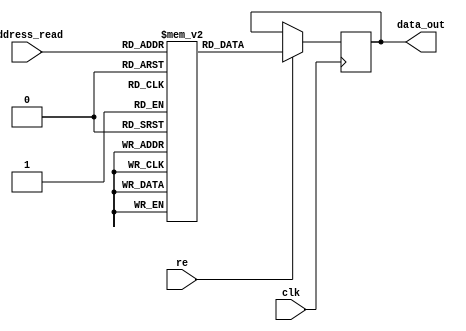
/* This program is free software: you can redistribute it and/or modify
   it under the terms of the GNU General Public License as published by
   the Free Software Foundation, either version 3 of the License, or
   (at your option) any later version.

   This program is distributed in the hope that it will be useful,
   but WITHOUT ANY WARRANTY; without even the implied warranty of
   MERCHANTABILITY or FITNESS FOR A PARTICULAR PURPOSE.  See the
   GNU General Public License for more details.

   You should have received a copy of the GNU General Public License
   along with this program.  If not, see <http://www.gnu.org/licenses/>.
   
   Email : semiconductors@varkongroup.com
   Tel   : 1-732-447-8611
   
*/


///convert values from  power domain to decimal domain
module GF_matrix_dec(clk,re,address_read,data_out);
parameter address_width=8;
parameter data_width=8;
parameter num_words=256;
input clk,re;
input [address_width-1:0] address_read;
output [data_width-1:0] data_out;
reg [data_width-1:0] data_out;
reg [data_width-1:0] mem [0:num_words-1];
initial
begin
mem[0]<= 'b00000000;
mem[1]<= 'b00000001;
mem[2]<= 'b00000010;
mem[3]<= 'b00000100;
mem[4]<= 'b00001000;
mem[5]<= 'b00010000;
mem[6]<= 'b00100000;
mem[7]<= 'b01000000;
mem[8]<= 'b10000000;
mem[9]<= 'b00011101;
mem[10]<= 'b00111010;
mem[11]<= 'b01110100;
mem[12]<= 'b11101000;
mem[13]<= 'b11001101;
mem[14]<= 'b10000111;
mem[15]<= 'b00010011;
mem[16]<= 'b00100110;
mem[17]<= 'b01001100;
mem[18]<= 'b10011000;
mem[19]<= 'b00101101;
mem[20]<= 'b01011010;
mem[21]<= 'b10110100;
mem[22]<= 'b01110101;
mem[23]<= 'b11101010;
mem[24]<= 'b11001001;
mem[25]<= 'b10001111;
mem[26]<= 'b00000011;
mem[27]<= 'b00000110;
mem[28]<= 'b00001100;
mem[29]<= 'b00011000;
mem[30]<= 'b00110000;
mem[31]<= 'b01100000;
mem[32]<= 'b11000000;
mem[33]<= 'b10011101;
mem[34]<= 'b00100111;
mem[35]<= 'b01001110;
mem[36]<= 'b10011100;
mem[37]<= 'b00100101;
mem[38]<= 'b01001010;
mem[39]<= 'b10010100;
mem[40]<= 'b00110101;
mem[41]<= 'b01101010;
mem[42]<= 'b11010100;
mem[43]<= 'b10110101;
mem[44]<= 'b01110111;
mem[45]<= 'b11101110;
mem[46]<= 'b11000001;
mem[47]<= 'b10011111;
mem[48]<= 'b00100011;
mem[49]<= 'b01000110;
mem[50]<= 'b10001100;
mem[51]<= 'b00000101;
mem[52]<= 'b00001010;
mem[53]<= 'b00010100;
mem[54]<= 'b00101000;
mem[55]<= 'b01010000;
mem[56]<= 'b10100000;
mem[57]<= 'b01011101;
mem[58]<= 'b10111010;
mem[59]<= 'b01101001;
mem[60]<= 'b11010010;
mem[61]<= 'b10111001;
mem[62]<= 'b01101111;
mem[63]<= 'b11011110;
mem[64]<= 'b10100001;
mem[65]<= 'b01011111;
mem[66]<= 'b10111110;
mem[67]<= 'b01100001;
mem[68]<= 'b11000010;
mem[69]<= 'b10011001;
mem[70]<= 'b00101111;
mem[71]<= 'b01011110;
mem[72]<= 'b10111100;
mem[73]<= 'b01100101;
mem[74]<= 'b11001010;
mem[75]<= 'b10001001;
mem[76]<= 'b00001111;
mem[77]<= 'b00011110;
mem[78]<= 'b00111100;
mem[79]<= 'b01111000;
mem[80]<= 'b11110000;
mem[81]<= 'b11111101;
mem[82]<= 'b11100111;
mem[83]<= 'b11010011;
mem[84]<= 'b10111011;
mem[85]<= 'b01101011;
mem[86]<= 'b11010110;
mem[87]<= 'b10110001;
mem[88]<= 'b01111111;
mem[89]<= 'b11111110;
mem[90]<= 'b11100001;
mem[91]<= 'b11011111;
mem[92]<= 'b10100011;
mem[93]<= 'b01011011;
mem[94]<= 'b10110110;
mem[95]<= 'b01110001;
mem[96]<= 'b11100010;
mem[97]<= 'b11011001;
mem[98]<= 'b10101111;
mem[99]<= 'b01000011;
mem[100]<= 'b10000110;
mem[101]<= 'b00010001;
mem[102]<= 'b00100010;
mem[103]<= 'b01000100;
mem[104]<= 'b10001000;
mem[105]<= 'b00001101;
mem[106]<= 'b00011010;
mem[107]<= 'b00110100;
mem[108]<= 'b01101000;
mem[109]<= 'b11010000;
mem[110]<= 'b10111101;
mem[111]<= 'b01100111;
mem[112]<= 'b11001110;
mem[113]<= 'b10000001;
mem[114]<= 'b00011111;
mem[115]<= 'b00111110;
mem[116]<= 'b01111100;
mem[117]<= 'b11111000;
mem[118]<= 'b11101101;
mem[119]<= 'b11000111;
mem[120]<= 'b10010011;
mem[121]<= 'b00111011;
mem[122]<= 'b01110110;
mem[123]<= 'b11101100;
mem[124]<= 'b11000101;
mem[125]<= 'b10010111;
mem[126]<= 'b00110011;
mem[127]<= 'b01100110;
mem[128]<= 'b11001100;
mem[129]<= 'b10000101;
mem[130]<= 'b00010111;
mem[131]<= 'b00101110;
mem[132]<= 'b01011100;
mem[133]<= 'b10111000;
mem[134]<= 'b01101101;
mem[135]<= 'b11011010;
mem[136]<= 'b10101001;
mem[137]<= 'b01001111;
mem[138]<= 'b10011110;
mem[139]<= 'b00100001;
mem[140]<= 'b01000010;
mem[141]<= 'b10000100;
mem[142]<= 'b00010101;
mem[143]<= 'b00101010;
mem[144]<= 'b01010100;
mem[145]<= 'b10101000;
mem[146]<= 'b01001101;
mem[147]<= 'b10011010;
mem[148]<= 'b00101001;
mem[149]<= 'b01010010;
mem[150]<= 'b10100100;
mem[151]<= 'b01010101;
mem[152]<= 'b10101010;
mem[153]<= 'b01001001;
mem[154]<= 'b10010010;
mem[155]<= 'b00111001;
mem[156]<= 'b01110010;
mem[157]<= 'b11100100;
mem[158]<= 'b11010101;
mem[159]<= 'b10110111;
mem[160]<= 'b01110011;
mem[161]<= 'b11100110;
mem[162]<= 'b11010001;
mem[163]<= 'b10111111;
mem[164]<= 'b01100011;
mem[165]<= 'b11000110;
mem[166]<= 'b10010001;
mem[167]<= 'b00111111;
mem[168]<= 'b01111110;
mem[169]<= 'b11111100;
mem[170]<= 'b11100101;
mem[171]<= 'b11010111;
mem[172]<= 'b10110011;
mem[173]<= 'b01111011;
mem[174]<= 'b11110110;
mem[175]<= 'b11110001;
mem[176]<= 'b11111111;
mem[177]<= 'b11100011;
mem[178]<= 'b11011011;
mem[179]<= 'b10101011;
mem[180]<= 'b01001011;
mem[181]<= 'b10010110;
mem[182]<= 'b00110001;
mem[183]<= 'b01100010;
mem[184]<= 'b11000100;
mem[185]<= 'b10010101;
mem[186]<= 'b00110111;
mem[187]<= 'b01101110;
mem[188]<= 'b11011100;
mem[189]<= 'b10100101;
mem[190]<= 'b01010111;
mem[191]<= 'b10101110;
mem[192]<= 'b01000001;
mem[193]<= 'b10000010;
mem[194]<= 'b00011001;
mem[195]<= 'b00110010;
mem[196]<= 'b01100100;
mem[197]<= 'b11001000;
mem[198]<= 'b10001101;
mem[199]<= 'b00000111;
mem[200]<= 'b00001110;
mem[201]<= 'b00011100;
mem[202]<= 'b00111000;
mem[203]<= 'b01110000;
mem[204]<= 'b11100000;
mem[205]<= 'b11011101;
mem[206]<= 'b10100111;
mem[207]<= 'b01010011;
mem[208]<= 'b10100110;
mem[209]<= 'b01010001;
mem[210]<= 'b10100010;
mem[211]<= 'b01011001;
mem[212]<= 'b10110010;
mem[213]<= 'b01111001;
mem[214]<= 'b11110010;
mem[215]<= 'b11111001;
mem[216]<= 'b11101111;
mem[217]<= 'b11000011;
mem[218]<= 'b10011011;
mem[219]<= 'b00101011;
mem[220]<= 'b01010110;
mem[221]<= 'b10101100;
mem[222]<= 'b01000101;
mem[223]<= 'b10001010;
mem[224]<= 'b00001001;
mem[225]<= 'b00010010;
mem[226]<= 'b00100100;
mem[227]<= 'b01001000;
mem[228]<= 'b10010000;
mem[229]<= 'b00111101;
mem[230]<= 'b01111010;
mem[231]<= 'b11110100;
mem[232]<= 'b11110101;
mem[233]<= 'b11110111;
mem[234]<= 'b11110011;
mem[235]<= 'b11111011;
mem[236]<= 'b11101011;
mem[237]<= 'b11001011;
mem[238]<= 'b10001011;
mem[239]<= 'b00001011;
mem[240]<= 'b00010110;
mem[241]<= 'b00101100;
mem[242]<= 'b01011000;
mem[243]<= 'b10110000;
mem[244]<= 'b01111101;
mem[245]<= 'b11111010;
mem[246]<= 'b11101001;
mem[247]<= 'b11001111;
mem[248]<= 'b10000011;
mem[249]<= 'b00011011;
mem[250]<= 'b00110110;
mem[251]<= 'b01101100;
mem[252]<= 'b11011000;
mem[253]<= 'b10101101;
mem[254]<= 'b01000111;
mem[255]<= 'b10001110;
end 
always @ (posedge(clk))
begin
	if (re==1'b1)
		begin
			data_out <= mem[address_read];
		end
end
endmodule